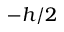
- h / 2